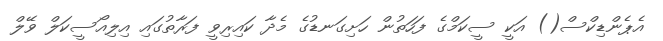
އެޕެންޑިކްސް() އަކީ ސީކަމްގެ ފަހަތުން ހަށިގަނޑުގެ މެދާ ކައިރިވީ ފަރާތުގައި އިލިއޯސީކަލް ވޭލް